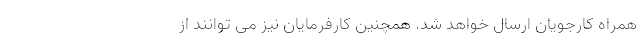
همراه کارجویان ارسال خواهد شد. همچنین کارفرمایان نیز می توانند از